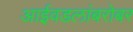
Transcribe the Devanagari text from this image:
आईवडलांबरोबर